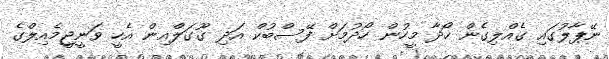
ނޭޕާލުގައި ގެއްލިގެން ހޯދާ މީހުން ހޯދުމަށް ފޭސްބުކް އަދި ގޫގަލްއިން އެހީ ވަނީޖީމެއިލްގެ